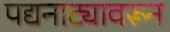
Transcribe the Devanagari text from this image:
पद्यनाट्यावरून